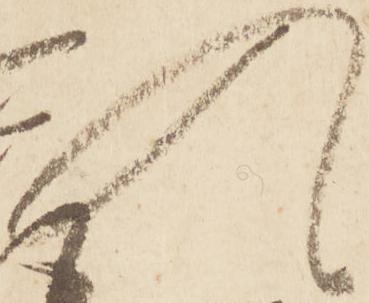
入